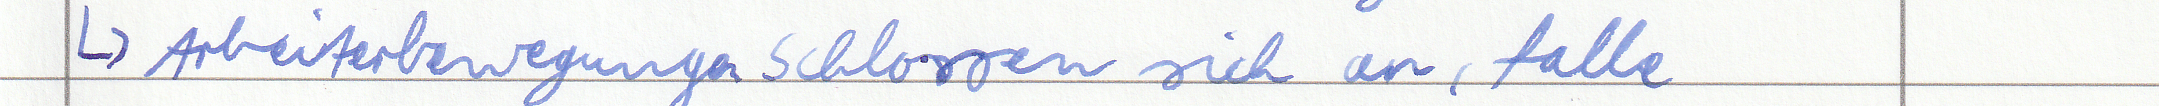
-> Arbeiterbewegungen schlossen sich an, falle